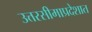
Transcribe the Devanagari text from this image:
उत्तरसीमाप्रदेशात